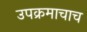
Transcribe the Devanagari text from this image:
उपक्रमाचाच